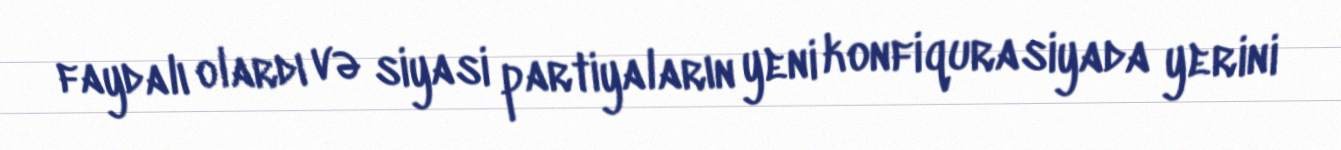
faydalı olardı və siyasi partiyaların yeni konfiqurasiyada yerini